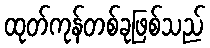
ထုတ်ကုန်တစ်ခုဖြစ်သည်